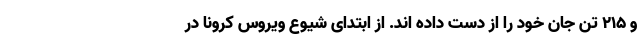
و ۲۱۵ تن جان خود را از دست داده اند. از ابتدای شیوع ویروس کرونا در